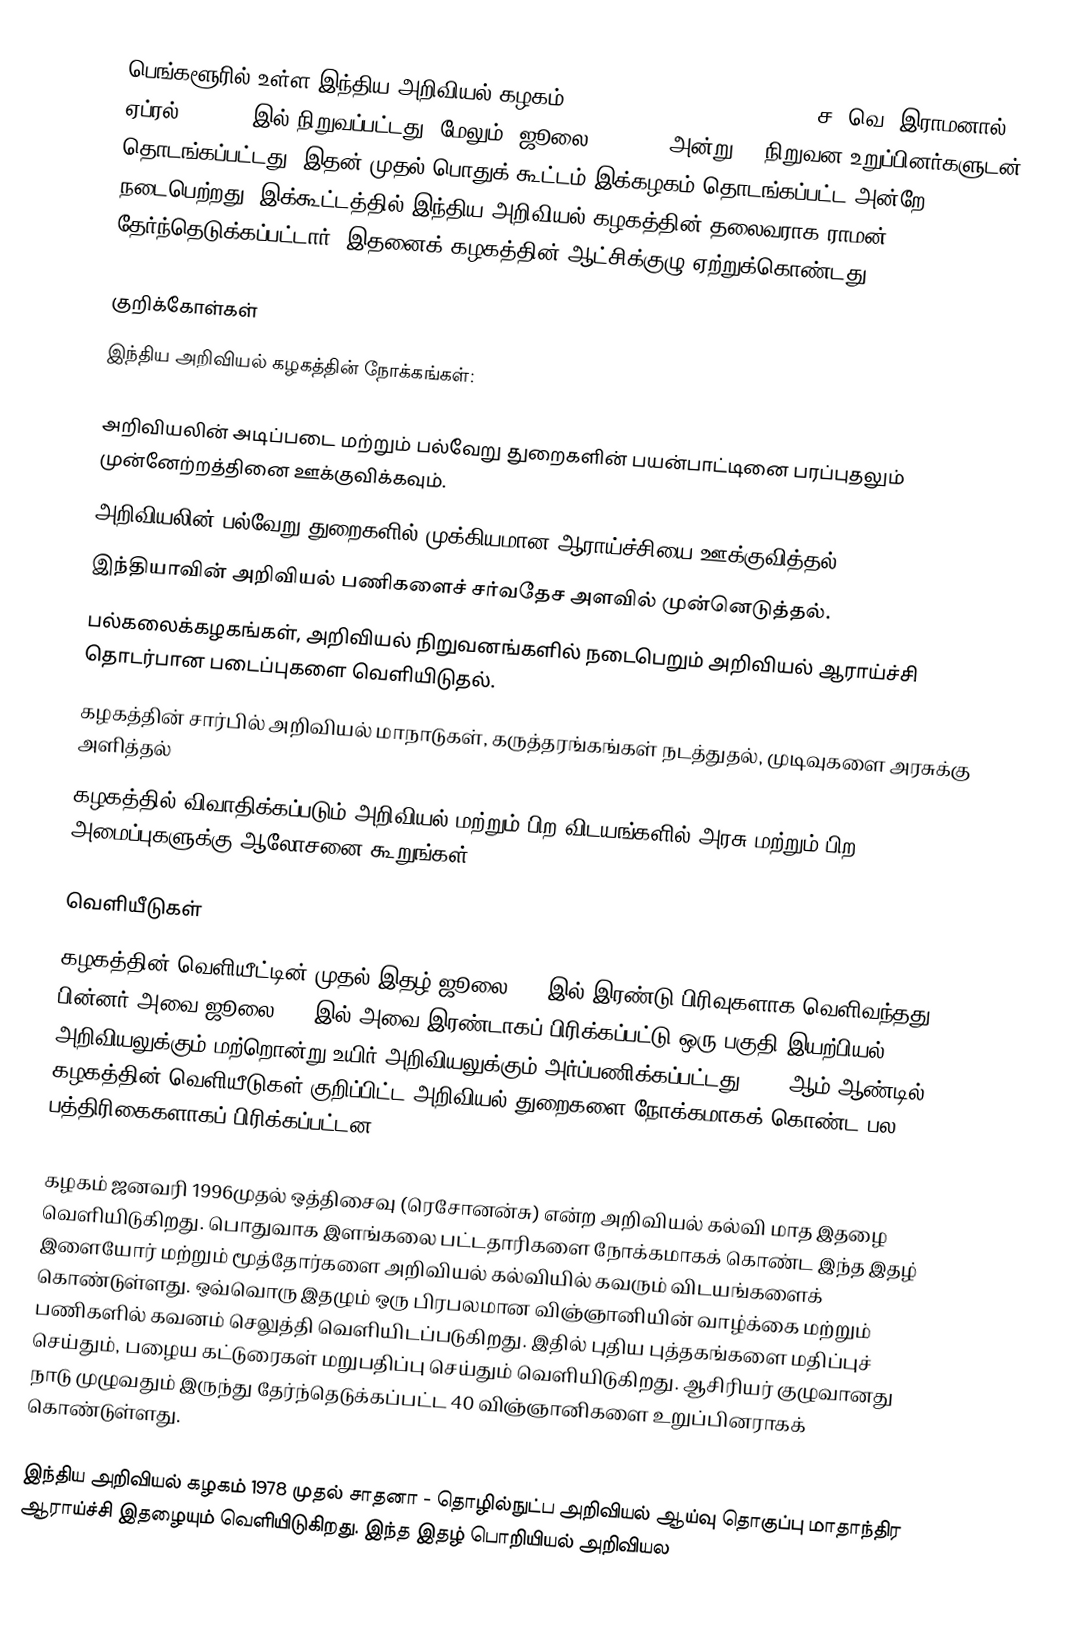
பெங்களூரில் உள்ள இந்திய அறிவியல் கழகம், (Indian Academy of Sciences) ச. வெ. இராமனால் ஏப்ரல் 24, 1934இல் நிறுவப்பட்டது, மேலும். ஜூலை 31, 1934 அன்று 65 நிறுவன உறுப்பினர்களுடன் தொடங்கப்பட்டது. இதன் முதல் பொதுக் கூட்டம் இக்கழகம் தொடங்கப்பட்ட அன்றே நடைபெற்றது. இக்கூட்டத்தில் இந்திய அறிவியல் கழகத்தின் தலைவராக ராமன் தேர்ந்தெடுக்கப்பட்டார். இதனைக் கழகத்தின் ஆட்சிக்குழு ஏற்றுக்கொண்டது.

குறிக்கோள்கள்
இந்திய அறிவியல் கழகத்தின் நோக்கங்கள்:

 அறிவியலின் அடிப்படை மற்றும் பல்வேறு துறைகளின் பயன்பாட்டினை பரப்புதலும் முன்னேற்றத்தினை ஊக்குவிக்கவும்.
 அறிவியலின் பல்வேறு துறைகளில் முக்கியமான ஆராய்ச்சியை ஊக்குவித்தல்.
 இந்தியாவின் அறிவியல் பணிகளைச் சர்வதேச அளவில் முன்னெடுத்தல்.
 பல்கலைக்கழகங்கள், அறிவியல் நிறுவனங்களில் நடைபெறும் அறிவியல் ஆராய்ச்சி தொடர்பான படைப்புகளை வெளியிடுதல்.
 கழகத்தின் சார்பில் அறிவியல் மாநாடுகள், கருத்தரங்கங்கள் நடத்துதல், முடிவுகளை அரசுக்கு அளித்தல்
 கழகத்தில் விவாதிக்கப்படும் அறிவியல் மற்றும் பிற விடயங்களில் அரசு மற்றும் பிற அமைப்புகளுக்கு ஆலோசனை கூறுங்கள்.

வெளியீடுகள்
கழகத்தின் வெளியீட்டின் முதல் இதழ் ஜூலை 1934இல் இரண்டு பிரிவுகளாக வெளிவந்தது. பின்னர் அவை ஜூலை 1935இல் அவை இரண்டாகப் பிரிக்கப்பட்டு ஒரு பகுதி இயற்பியல் அறிவியலுக்கும் மற்றொன்று உயிர் அறிவியலுக்கும் அர்ப்பணிக்கப்பட்டது. 1973ஆம் ஆண்டில் கழகத்தின் வெளியீடுகள் குறிப்பிட்ட அறிவியல் துறைகளை நோக்கமாகக் கொண்ட பல பத்திரிகைகளாகப் பிரிக்கப்பட்டன.

கழகம் ஜனவரி 1996முதல் ஒத்திசைவு (ரெசோனன்சு) என்ற அறிவியல் கல்வி மாத இதழை வெளியிடுகிறது. பொதுவாக இளங்கலை பட்டதாரிகளை நோக்கமாகக் கொண்ட இந்த இதழ் இளையோர் மற்றும் மூத்தோர்களை அறிவியல் கல்வியில் கவரும் விடயங்களைக் கொண்டுள்ளது. ஒவ்வொரு இதழும் ஒரு பிரபலமான விஞ்ஞானியின் வாழ்க்கை மற்றும் பணிகளில் கவனம் செலுத்தி வெளியிடப்படுகிறது. இதில் புதிய புத்தகங்களை மதிப்புச் செய்தும், பழைய கட்டுரைகள் மறுபதிப்பு செய்தும் வெளியிடுகிறது. ஆசிரியர் குழுவானது நாடு முழுவதும் இருந்து தேர்ந்தெடுக்கப்பட்ட 40 விஞ்ஞானிகளை உறுப்பினராகக் கொண்டுள்ளது.

இந்திய அறிவியல் கழகம் 1978 முதல் சாதனா - தொழில்நுட்ப அறிவியல் ஆய்வு தொகுப்பு மாதாந்திர ஆராய்ச்சி இதழையும் வெளியிடுகிறது. இந்த இதழ் பொறியியல் அறிவியல